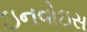
ઇનવોઇસ